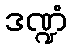
ဒဏ္ဍံ